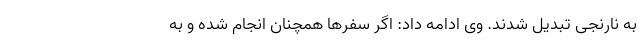
به نارنجی تبدیل شدند. وی ادامه داد: اگر سفرها همچنان انجام شده و به